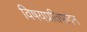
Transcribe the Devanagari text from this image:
विषयप्रतिपादन